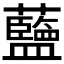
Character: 𫊗